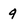
Character: 9